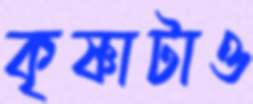
কৃষ্ণাটাও